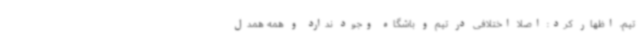
تیم، اظهار کرد: اصلا اختلافی در تیم و باشگاه وجود ندارد و همه همدل